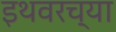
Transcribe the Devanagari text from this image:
इथवरच्या